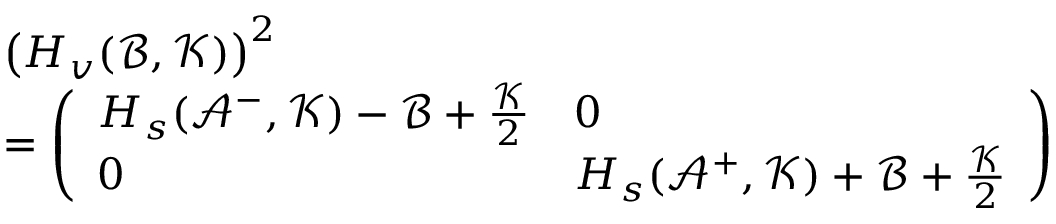
\begin{array} { r l } & { \left( H _ { v } ( \mathcal { B } , \mathcal { K } ) \right) ^ { 2 } } \\ & { = \left( \begin{array} { l l } { H _ { s } ( \mathcal { A } ^ { - } , \mathcal { K } ) - \mathcal { B } + \frac { \mathcal { K } } { 2 } } & { 0 } \\ { 0 } & { H _ { s } ( \mathcal { A } ^ { + } , \mathcal { K } ) + \mathcal { B } + \frac { \mathcal { K } } { 2 } } \end{array} \right) } \end{array}